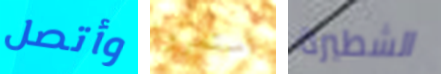
وأتصل استمروا الشطيرة